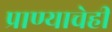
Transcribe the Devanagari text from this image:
प्राण्याचेही